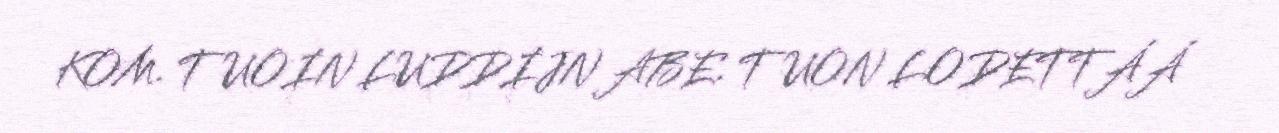
KOM. TUOIN LUDDIJN ABE. TUON LODETTÁÁ